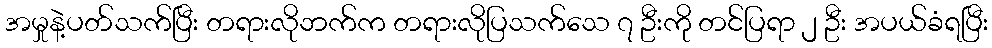
အမှုနဲ့ပတ်သက်ပြီး တရားလိုဘက်က တရားလိုပြသက်သေ ၇ ဦးကို တင်ပြရာ ၂ ဦး အပယ်ခံရပြီး